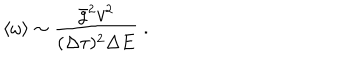
\langle \omega \rangle \sim \frac { \bar { g } ^ { 2 } v ^ { 2 } } { ( \Delta \tau ) ^ { 2 } \Delta E } \; .